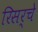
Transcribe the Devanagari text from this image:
रिसर्चे